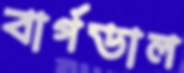
বার্গডাল